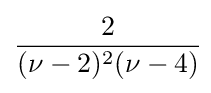
{\frac {2}{(\nu -2)^{2}(\nu -4)}}\!